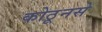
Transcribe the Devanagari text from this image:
कोठूनसे